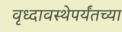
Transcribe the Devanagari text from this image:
वृध्दावस्थेपर्यंतच्या